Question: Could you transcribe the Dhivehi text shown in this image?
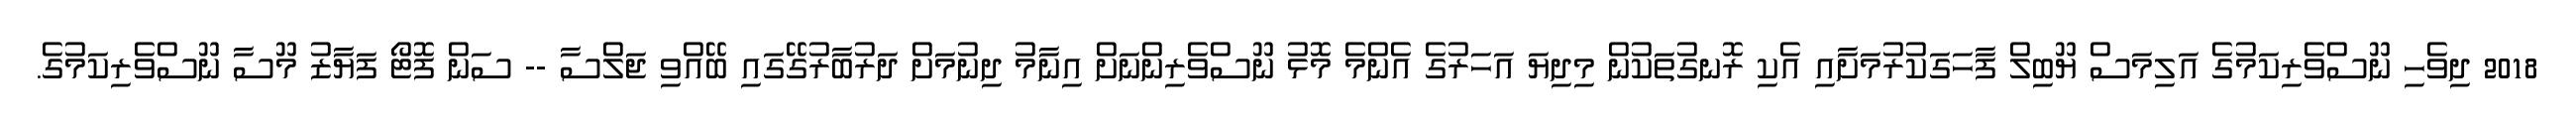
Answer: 2018 ދިވެހި ނޫސްވެރިކަމުގެ އަލިމަސް ޔޫބިލް ފާހަގަކުރުމަށާއި އެކި ރޮނގުތަކުން މިދިޔަ އަހަރުގެ އެންމެ މޮޅު ނޫސްވެރިންނަށް އިނާމު ދިނުމަށް ދަރުބާރުގޭގައި ބޭއްވި ޖަލްސާ -- ސަން ފޮޓޯ ފަޔާޒު މޫސާ ނޫސްވެރިކަމުގެ.